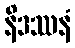
နိဒဿနံ